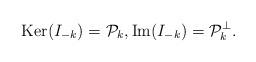
LaTeX: \begin{align*} \operatorname{Ker}(I_{-k} )= \mathcal P_k,\operatorname{Im}(I_{-k}) = \mathcal P_k^\perp.\end{align*}